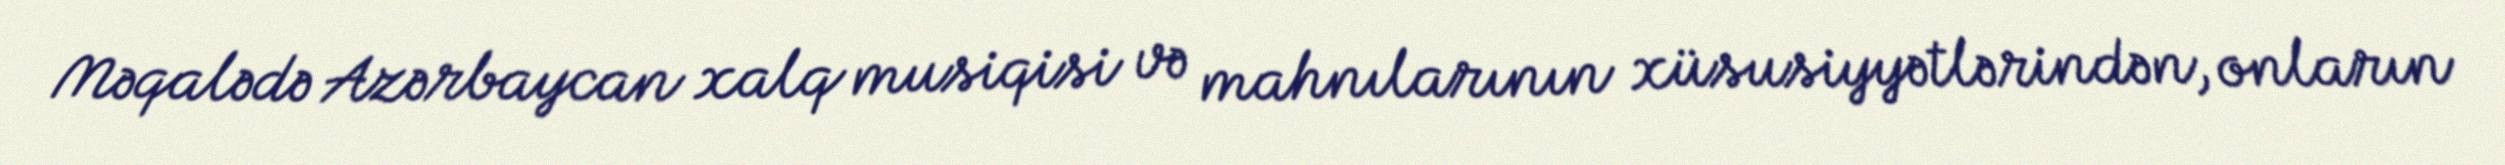
Məqalədə Azərbaycan xalq musiqisi və mahnılarının xüsusiyyətlərindən, onların